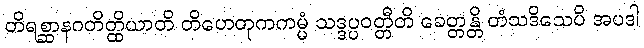
တိရစ္ဆာနဂတိတ္ထိယာတိ တိဟေတုကကမ္မံ သဒ္ဒပ္ပဝတ္တီတိ ခေတ္တန္တိ တံသဒိသေပိ အပဒါ